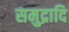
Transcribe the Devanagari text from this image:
समुद्रादि